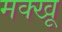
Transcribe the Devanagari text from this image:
मक्खू